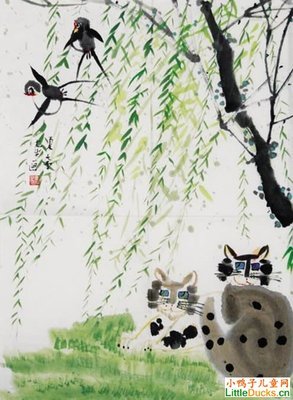
柳柔摇不定，草短绿应难。